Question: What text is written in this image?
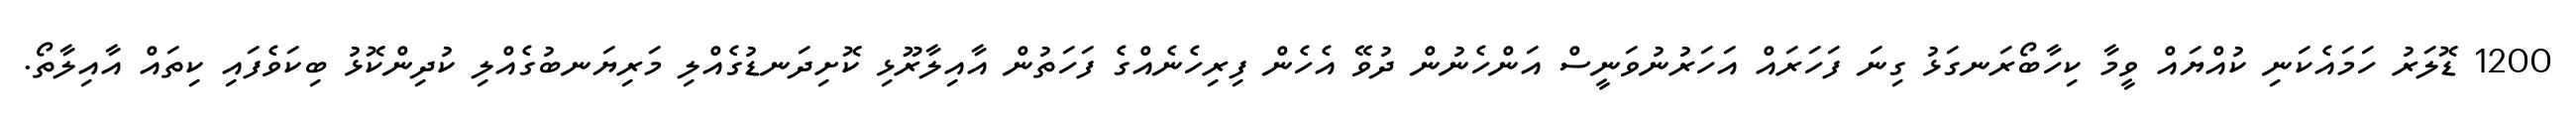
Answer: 1200 ޑޮލަރު ހަމައެކަނި ކުއްޔައް ވީމާ ކިހާބޯރަނގަޅު ގިނަ ފަހަރައް އަހަރުނުވަނީސް އަންހެނުން ދުވޭ އެހެން ފިރިހެނެއްގެ ފަހަތުން އާއިލާރޫޅި ކޮށިދަނޑުގެއްލި މަރިޔަނބުގެއްލި ކުދިންކޮޅު ބިކަވެފައި ކިތައް އާއިލާތޯ.